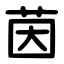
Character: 茵